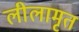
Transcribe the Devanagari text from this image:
लीलामृत